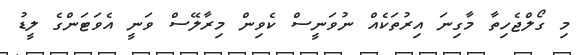
މި ގޯލްޖެހިތާ މާގިނަ އިރުތަކެއް ނުވަނީސް ކެވިން މިރާލޭސް ވަނީ އެވަޓަންގެ ލީޑު